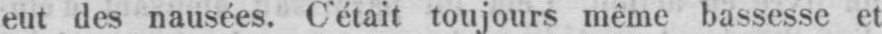
eut des nausées. C’était toujours même bassesse et